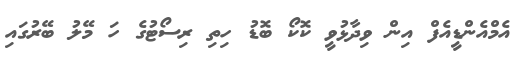
އެމްއެންޑީއެފް އިން ވިދާޅުވީ ކޮކޯ ބޮޑު ހިތި ރިސޯޓުގެ ހަ މޭލު ބޭރުގައި